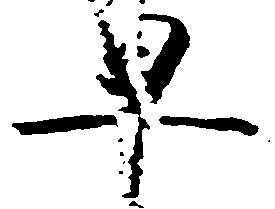
早